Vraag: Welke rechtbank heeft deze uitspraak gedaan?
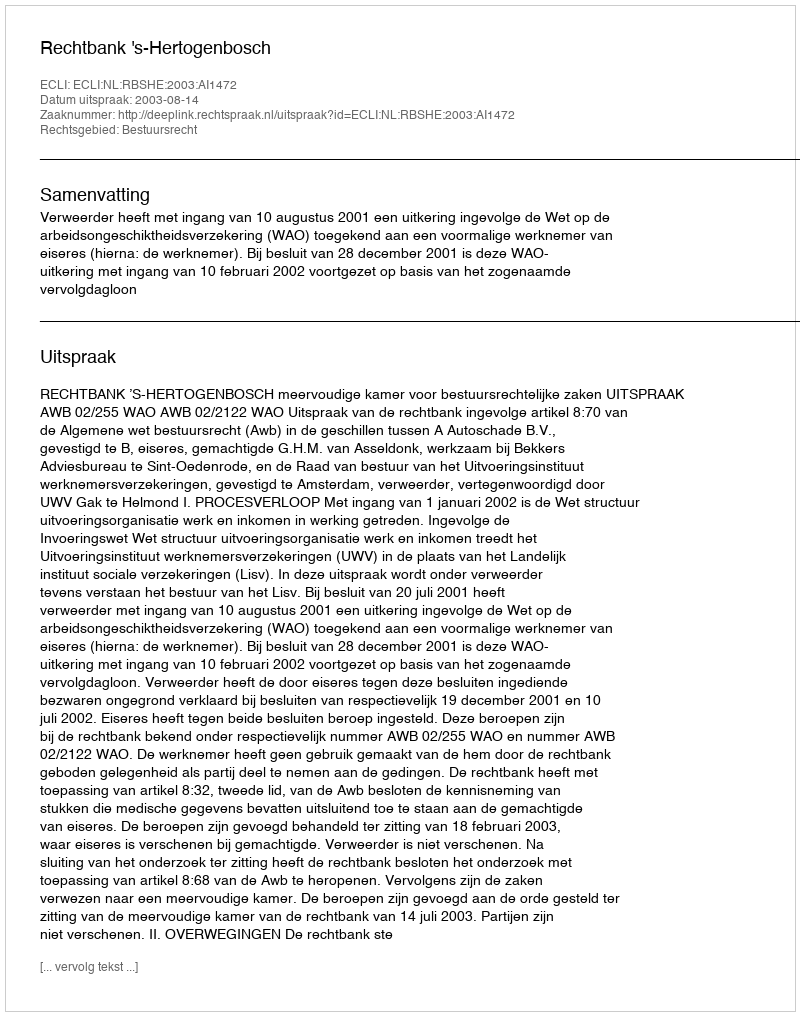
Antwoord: Rechtbank 's-Hertogenbosch